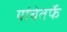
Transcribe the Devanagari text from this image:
यांचेतर्फे